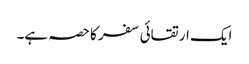
ایک ارتقائی سفر کا حصہ ہے۔